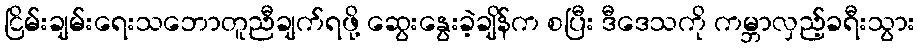
ငြိမ်းချမ်းရေးသဘောတူညီချက်ရဖို့ ဆွေးနွေးခဲ့ချိန်က စပြီး ဒီဒေသကို ကမ္ဘာလှည့်ခရီးသွား